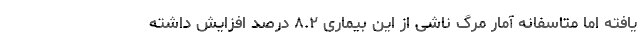
یافته اما متاسفانه آمار مرگ ناشی از این بیماری ۸.۲ درصد افزایش داشته